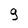
Character: 9